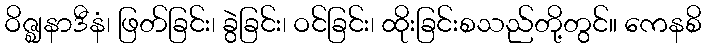
ဝိဇ္ဈနာဒီနံ၊ ဖြတ်ခြင်း၊ ခွဲခြင်း၊ ဝင်ခြင်း၊ ထိုးခြင်းစသည်တို့တွင်။ ကေနစိ